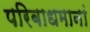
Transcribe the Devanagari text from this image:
परिबाधमानां